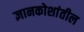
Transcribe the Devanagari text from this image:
ज्ञानकोशांतील